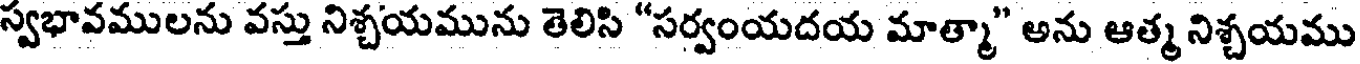
స్వభావములను వస్తు నిశ్చయమును తెలిసి "సర్వంయదయ మాత్మా" అను ఆత్మ నిశ్చయము